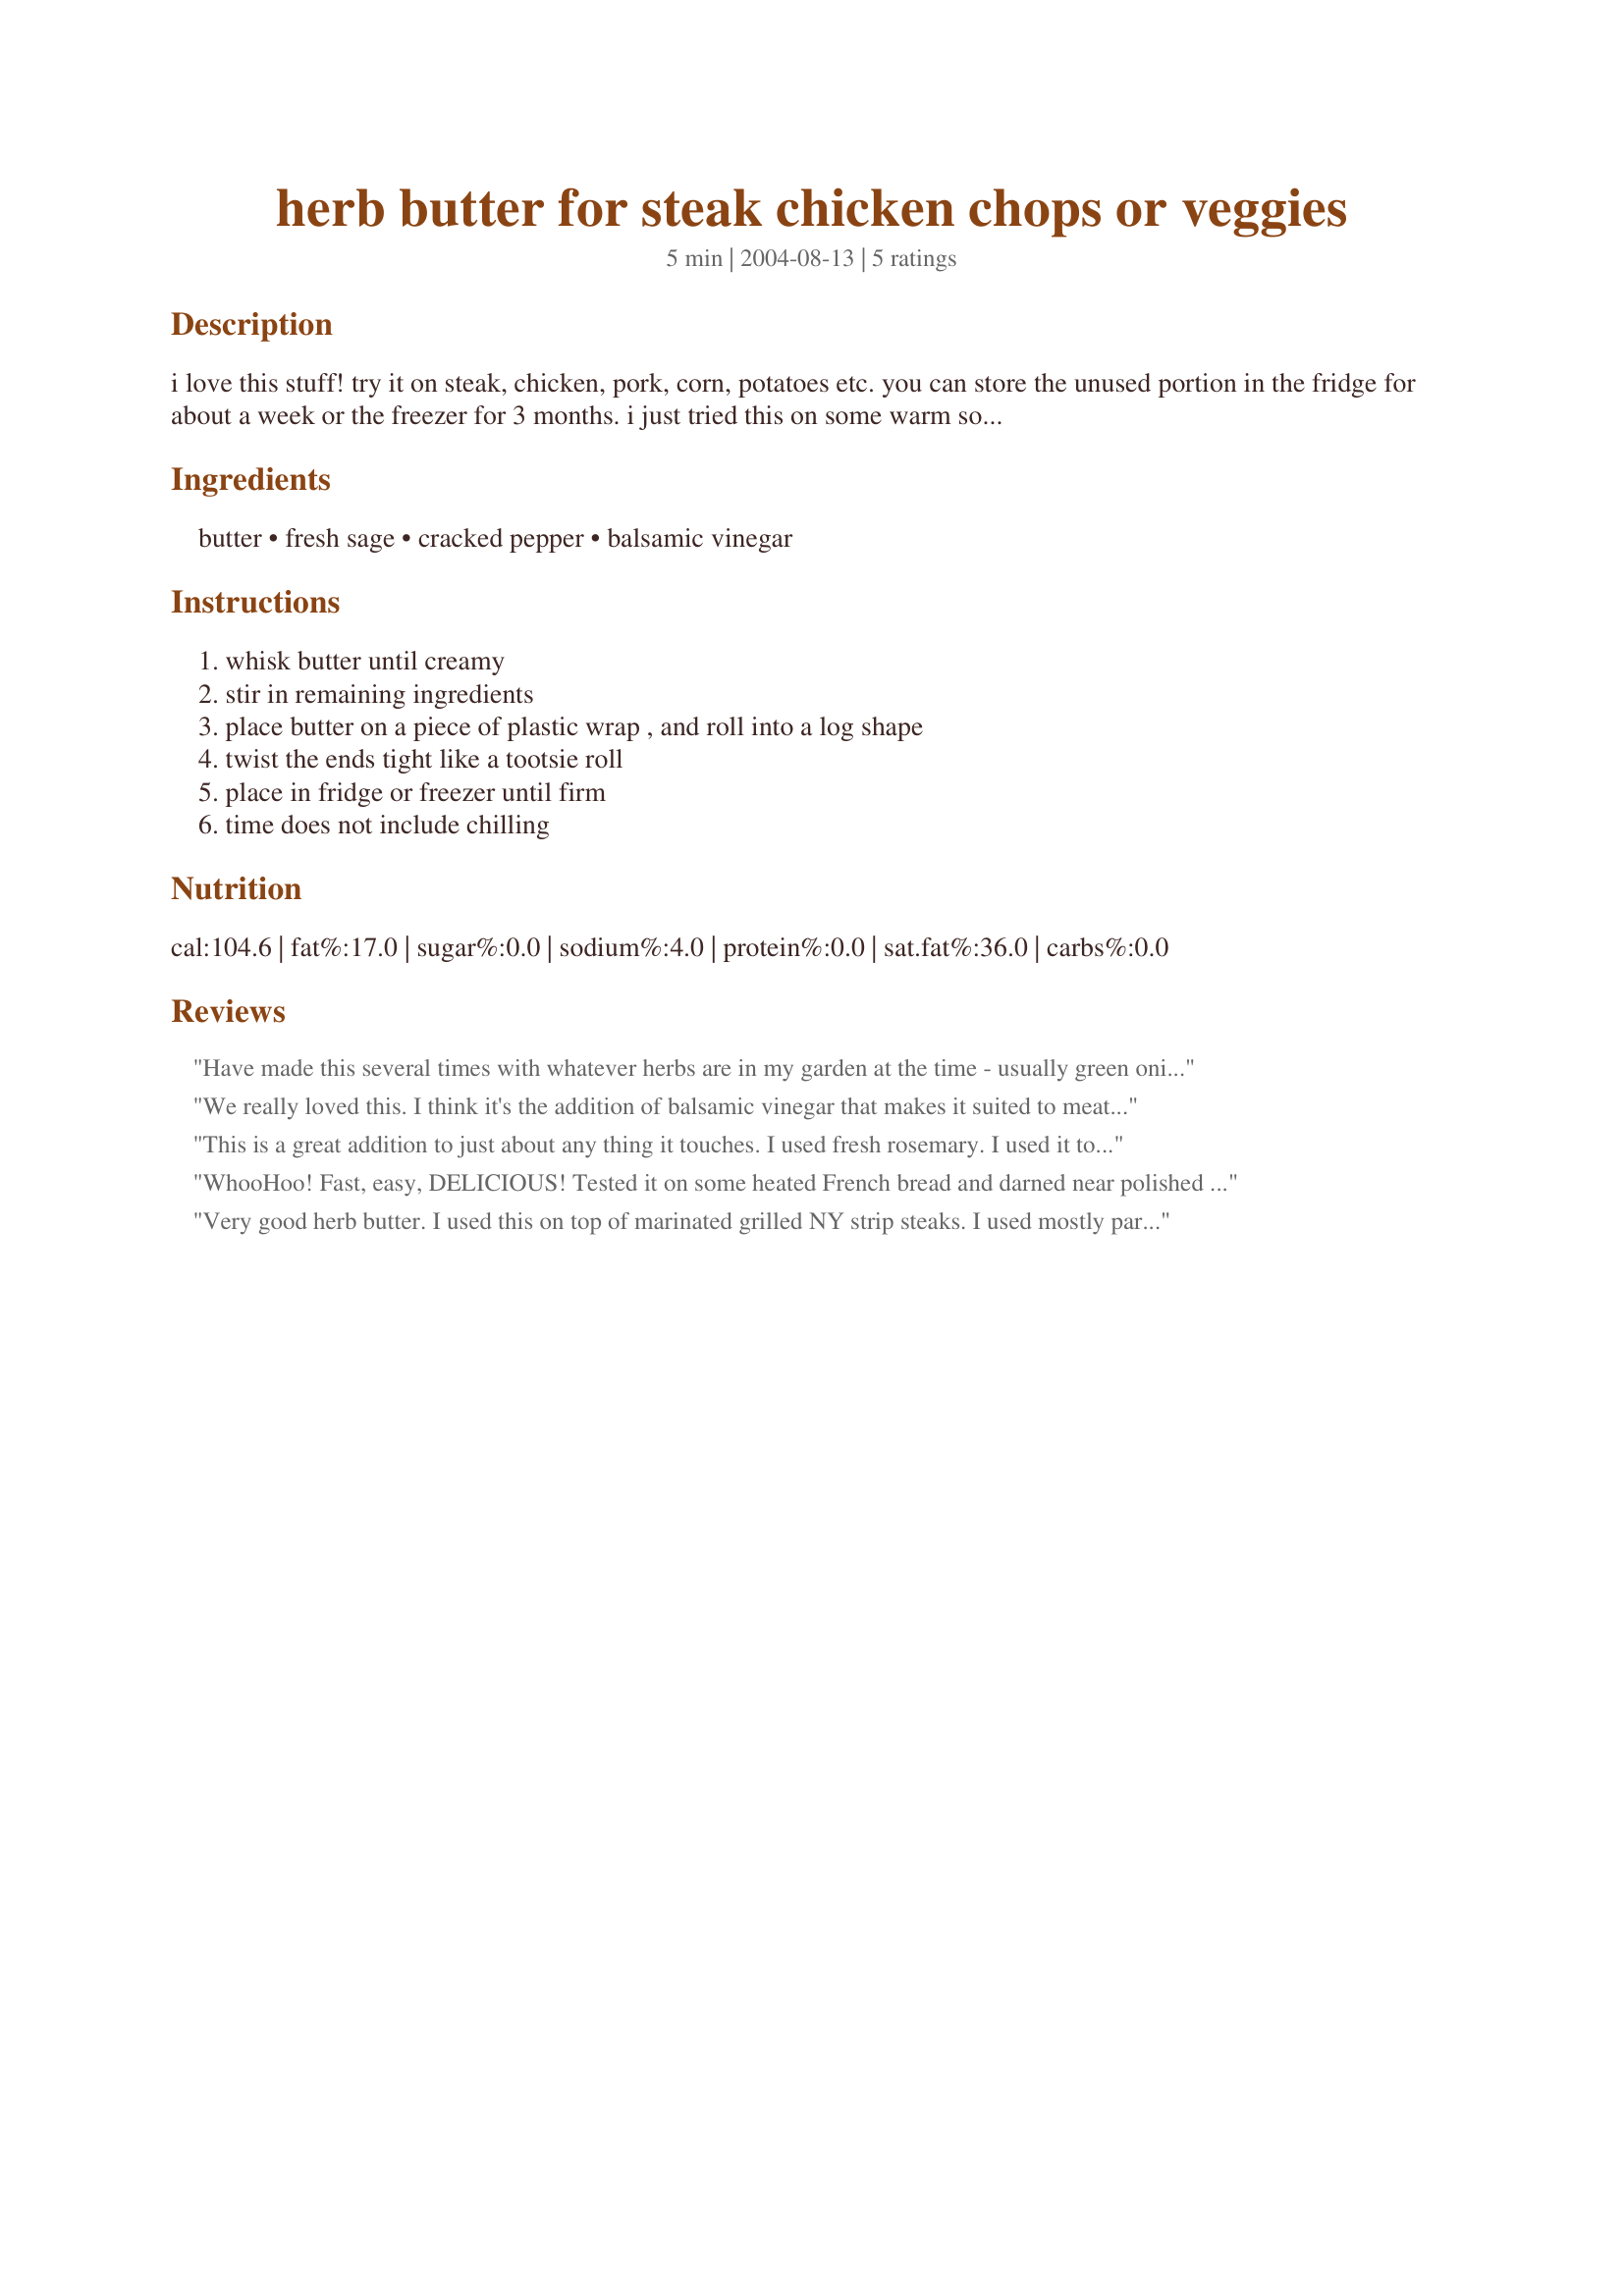
herb butter for steak chicken chops or veggies
Preparation time: 5 minutes

i love this stuff! try it on steak, chicken, pork, corn, potatoes etc. you can store the unused portion in the fridge for about a week or the freezer for 3 months. i just tried this on some warm sourdough bread and it knocked my socks off! wonderful!

Ingredients:
butter, fresh sage, cracked pepper, balsamic vinegar

Steps:
whisk butter until creamy, stir in remaining ingredients, place butter on a piece of plastic wrap , and roll into a log shape, twist the ends tight like a tootsie roll, place in fridge or freezer until firm, time does not include chilling

Reviews:
Have made this several times with whatever herbs are in my garden at the time - usually green onions, basil, rosemary and Italian parsley. I also like to add a small sprinkle of red pepper and some finely diced garlic. We always baste our steaks with this. Great on potatoes, veggies...just about anything. Keep a batch in my fridge to flavor up anything
We really loved this. I think it's the addition of balsamic vinegar that makes it suited to meat. Next time, we're going to add some garlic and see what happens. Thanks for posting!
This is a great addition to just about any thing it touches. I used fresh rosemary.

I used it to coat a tenderloin roast prior to cooking, fry onions and green peppers, and spread it on rolls. I may have to keep this as a permanent spread in the fridge.
WhooHoo! Fast, easy, DELICIOUS! Tested it on some heated French bread and darned near polished the whole shebang off. Can't wait to get it on a steak... like filet mignon. Thanks, georgi!
Very good herb butter. I used this on top of marinated grilled NY strip steaks. I used mostly parsley and a pinch of rosemary and basil. I put some on while grilling and then added a couple pats to each steak when they came off the grill. So yummy!! Thanks!
